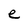
Character: e